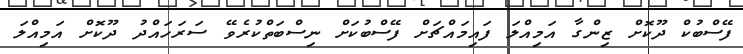
ފޭސްބުކް ދޫކޮށް ޒިންގާ އަމިއްލަ ފައިމައްޗަށް ފޭސްބުކަށް ނިސްބަތްކުރެވޭ ސަރަހައްދު ދޫކޮށް އަމިއްލަ